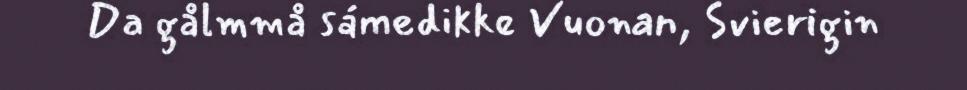
Da gålmmå sámedikke Vuonan, Svierigin